kultuurilooline_kollektsioon, lk 110
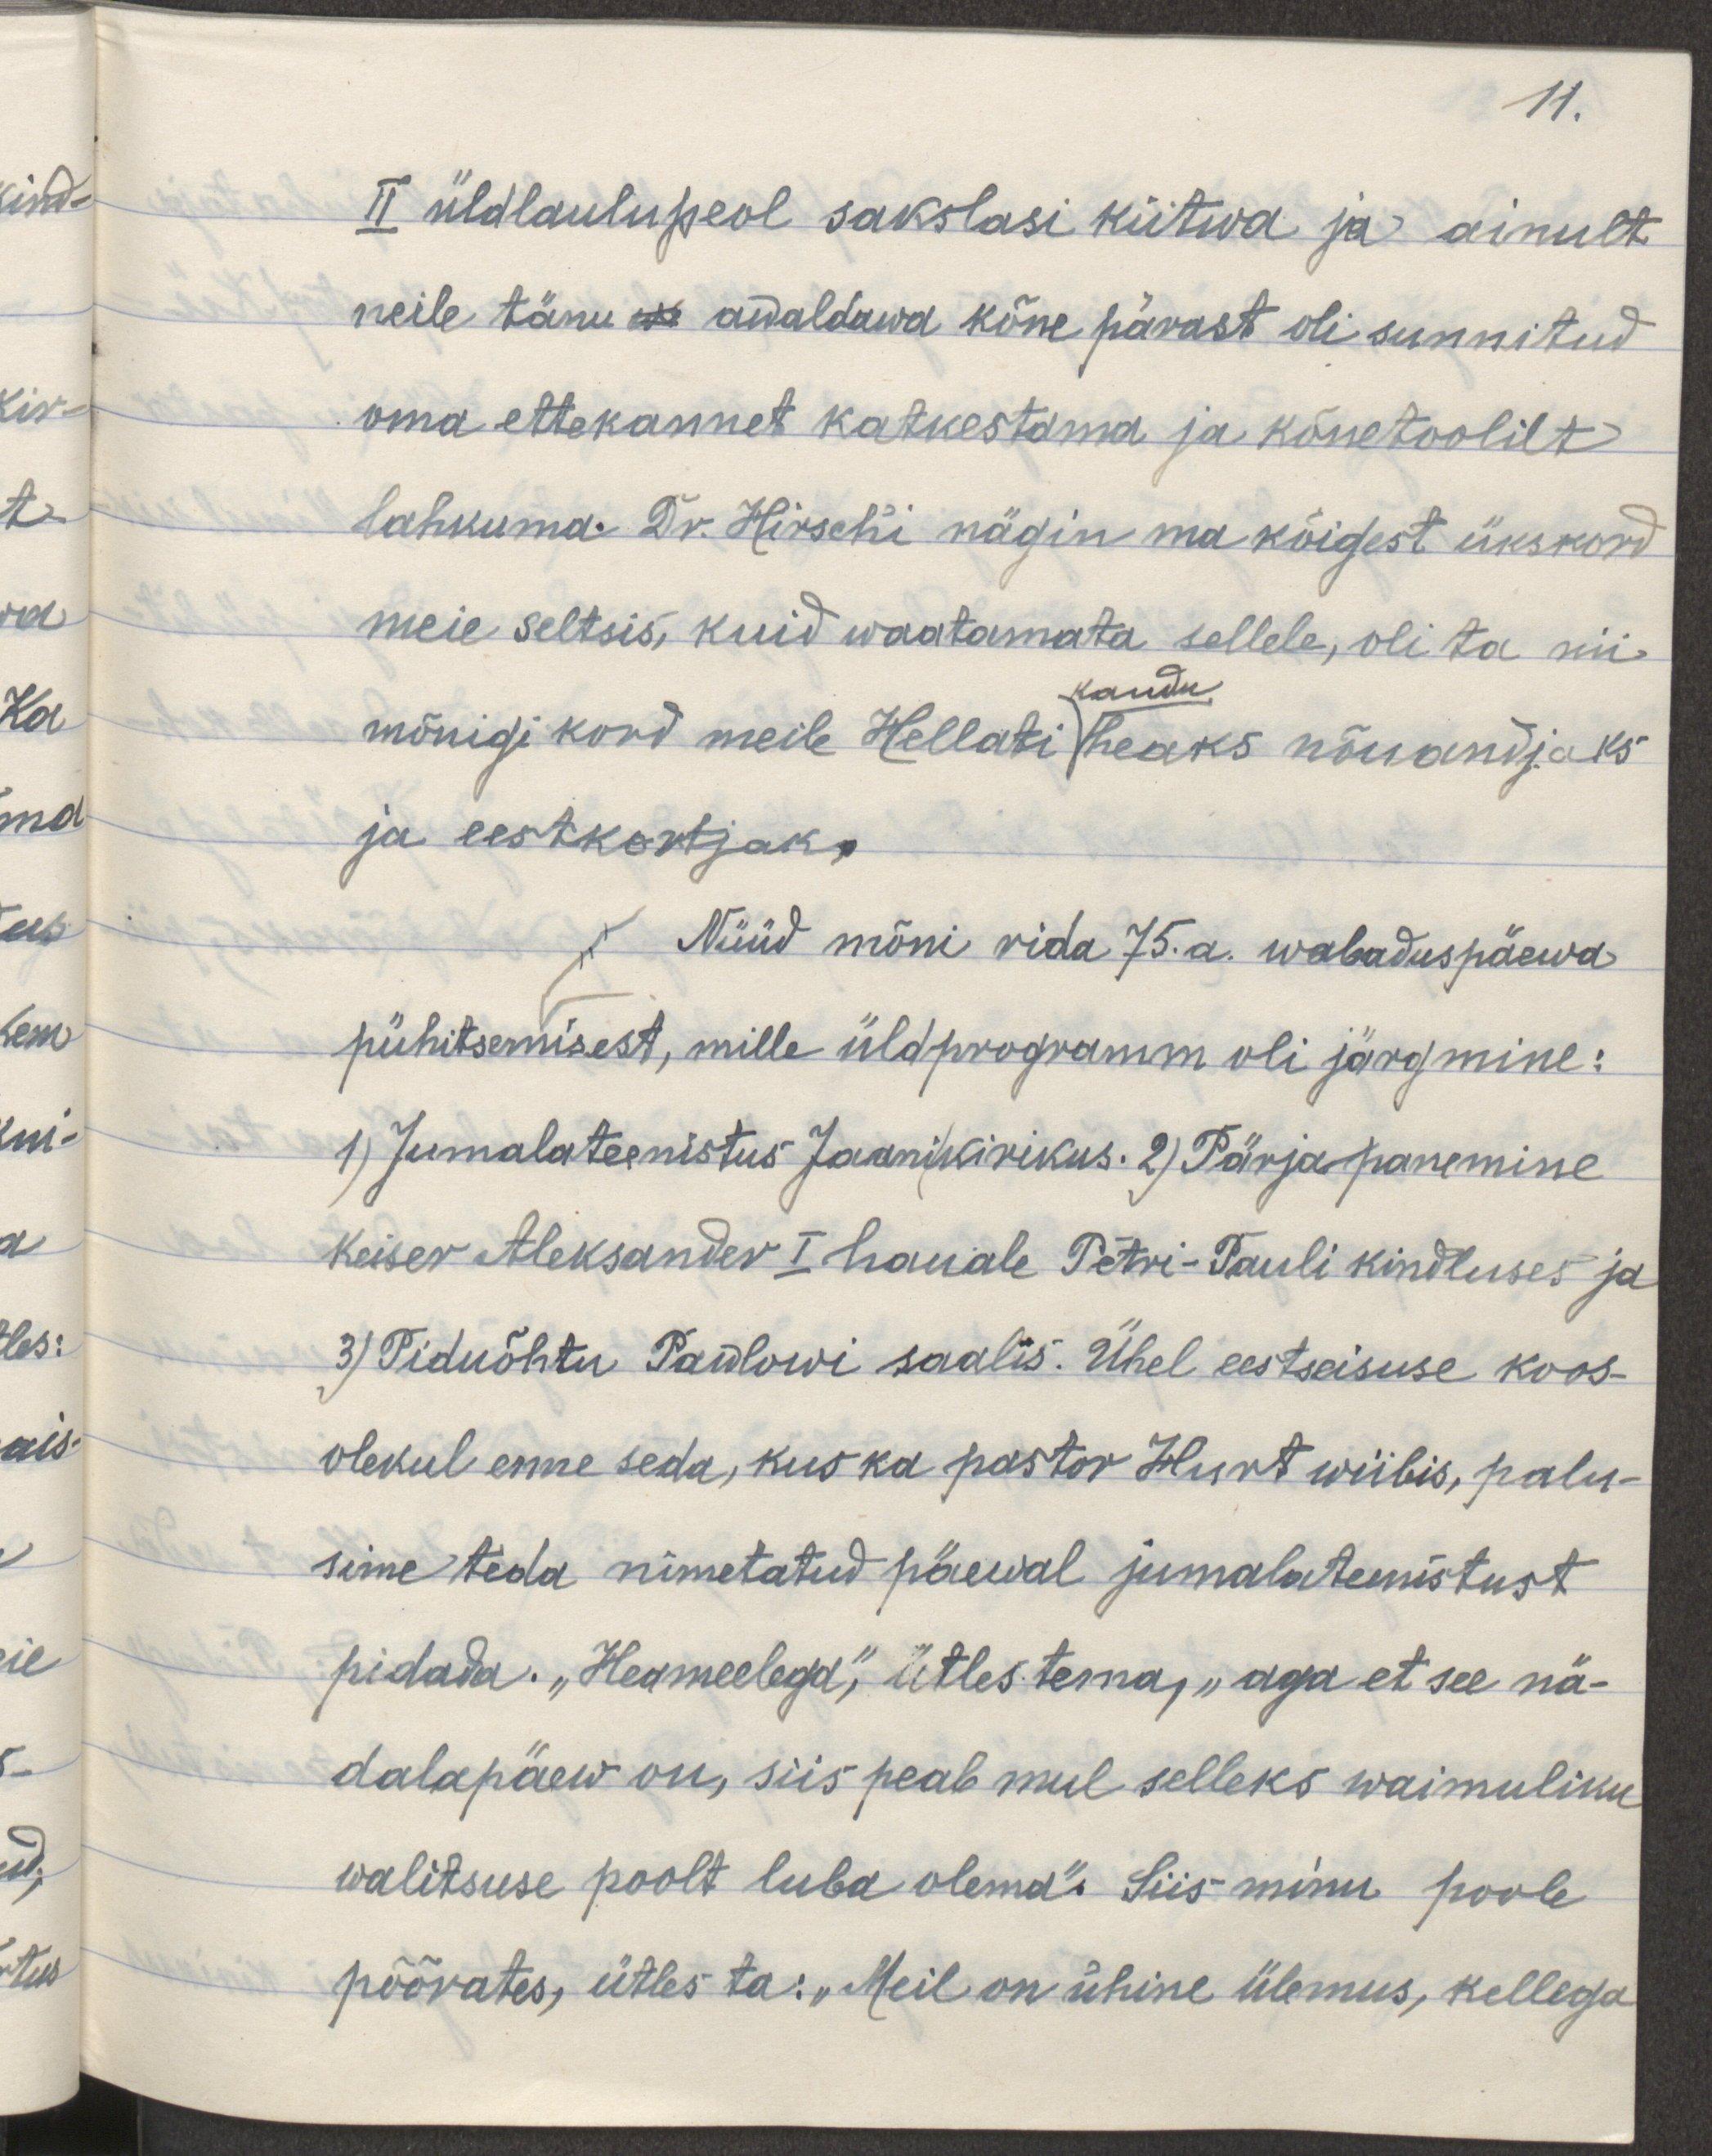
11.
II üldlaulupeol sakslasi kiitwa ja ainult
neile tänu awaldawa kõne pärast oli sunnitud
oma ettekannet katkestama ja kõnetoolilt
lahkuma. Dr. Hirschi nägin ma kõigest ükskord
meie seltsis, kuid waatamata sellele, oli ta nii
mõnigi kord meile Hellati kaudu heaks nõuandjaks
ja eestkostjaks.
Nüüd mõni rida 75. a. wabaduspäewa
pühitsemisest, mille üldprogramm oli järgmine:
1) Jumalateenistus Jaanikirikus. 2) Pärja panemine
keiser Aleksander I hauale Petri-Pauli kindluses ja
3) Piduõhtu Pawlowi saalis. Ühel eestseisuse koos-
olekul enne seda, kus ka pastor Hunt wiibis, palu-
sime teda nimetatud päewal jumalateenistust
pidada. "Heameelega," ütles tema, "aga et see nä-
dalapäew on, siis peab mul selleks waimuliku
walitsuse poolt luba olema". Siis minu poole
pöörates, ütles ta: "Meil on ühine ülemus, kellega